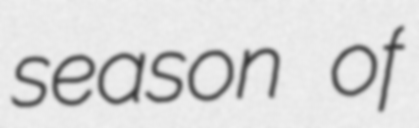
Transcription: season of